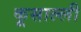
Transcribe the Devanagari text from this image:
कूसाल्ली